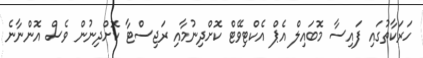
ހަރަކާތުގައި ފައިސާ މޮބައިލް އެޕް އެކްޓިވޭޓް ކޮށްދިނުމާއި ރަޖިސްޓާ ކޮށްދިނުން ވެސް އޮންނާނެ